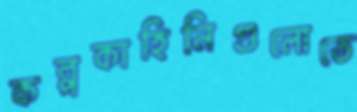
কল্পকাহিনিগুলোতে